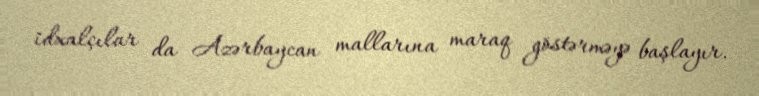
idxalçılar da Azərbaycan mallarına maraq göstərməyə başlayır.